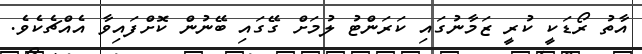
އާތު ރޯޑަކީ ކުރީ ޒަމާނުގައި ކަރަންޓު ލުމަށް ގޭގައި ބޭނުން ކޮށްފައިވާ އެއްޗެކެވެ.